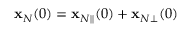
{ \bf x } _ { N } ( 0 ) = { \bf x } _ { N \Vert } ( 0 ) + { \bf x } _ { N \bot } ( 0 )